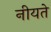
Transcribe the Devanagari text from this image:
नीयते